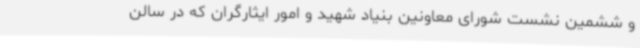
و ششمین نشست شورای معاونین بنیاد شهید و امور ایثارگران که در سالن